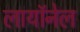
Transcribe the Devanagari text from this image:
लायॉनेल